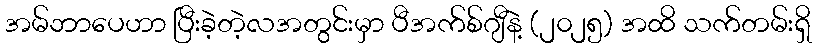
အမ်ဘာပေဟာ ပြီးခဲ့တဲ့လအတွင်းမှာ ပီအက်စ်ဂျီနဲ့ (၂၀၂၅) အထိ သက်တမ်းရှိ